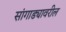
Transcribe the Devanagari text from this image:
सांगाड्यावरील